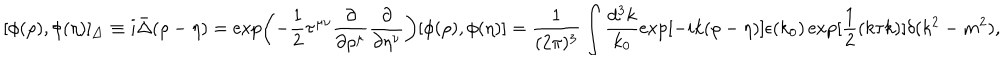
[ \phi ( \rho ) , \phi ( \eta ) ] _ { \bigtriangleup } \equiv i { \bar { \Delta } } ( \rho - \eta ) = \exp \biggl ( - \frac { 1 } { 2 } \tau ^ { \mu \nu } \frac { \partial } { \partial \rho ^ { \mu } } \frac { \partial } { \partial \eta ^ { \nu } } \biggr ) [ \phi ( \rho ) , \phi ( \eta ) ] = \frac { 1 } { ( 2 \pi ) ^ { 3 } } \int \frac { d ^ { 3 } k } { k _ { 0 } } \exp [ - i k ( \rho - \eta ) ] \epsilon ( k _ { 0 } ) \exp [ \frac { 1 } { 2 } ( k \tau k ) ] \delta ( k ^ { 2 } - m ^ { 2 } ) ,